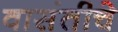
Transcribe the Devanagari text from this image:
वासंतीचे